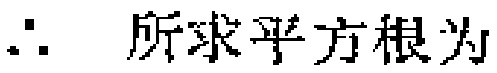
\(\therefore\) 所求平方根为